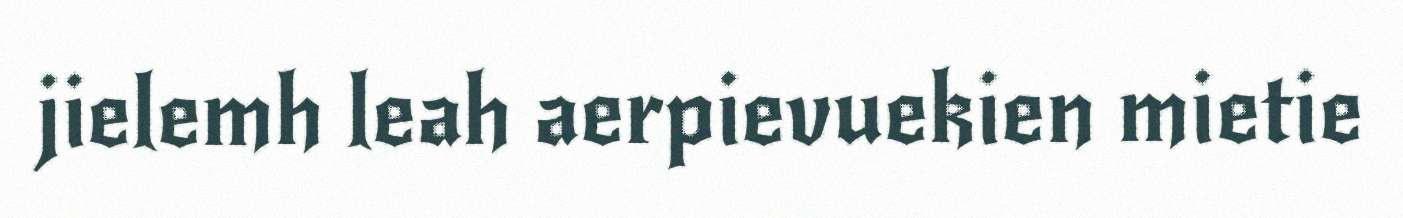
jielemh leah aerpievuekien mietie